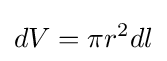
dV=\pi r^{2}dl